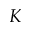
K